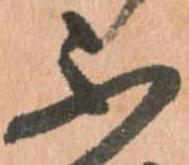
不